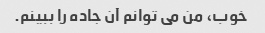
خوب، من می توانم آن جاده را ببینم.